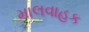
માલવાહક